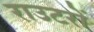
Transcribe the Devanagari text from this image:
राउटरों